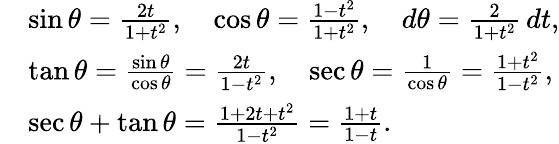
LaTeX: {\begin{array}{rl}&{\sin\theta={\frac{2t}{1+t^{2}}},\quad\cos\theta={\frac{1-t^{2}}{1+t^{2}}},\quad d\theta={\frac{2}{1+t^{2}}}\, dt,}\\ &{\tan\theta={\frac{\sin\theta}{\cos\theta}}={\frac{2t}{1-t^{2}}},\quad\sec\theta={\frac{1}{\cos\theta}}={\frac{1+t^{2}}{1-t^{2}}},}\\ &{\sec\theta+\tan\theta={\frac{1+2t+t^{2}}{1-t^{2}}}={\frac{1+t}{1-t}}.}\end{array}}